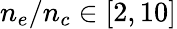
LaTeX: n_{e}/n_{c}\in[2,10]